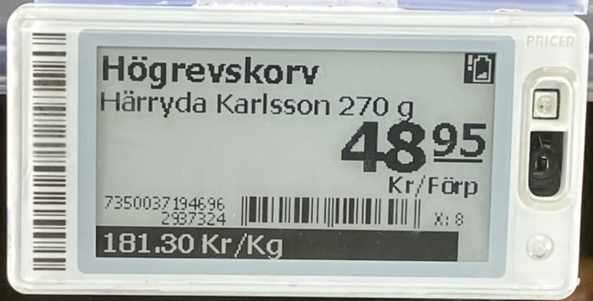
Vara: Högrevskorv
Genomsnittspris: 181.3 per kg